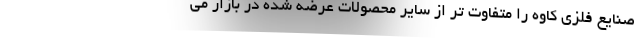
صنایع فلزی کاوه را متفاوت تر از سایر محصولات عرضه شده در بازار می